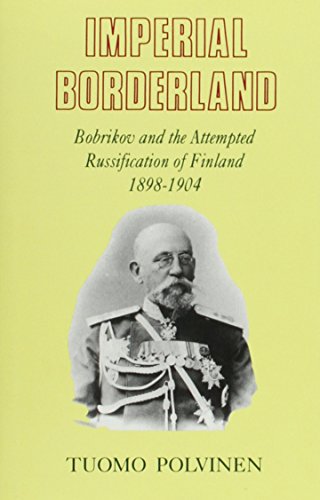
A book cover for Imperial Borderland: Bobrikov and the Attempted Russification of Finland, 1898EE1904; Tuomo Polvinen; Biographies & Memoirs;